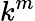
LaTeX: k^{m}